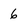
Character: 6